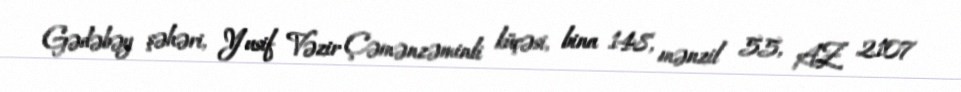
Gədəbəy şəhəri, Yusif Vəzir Çəmənzəminli küçəsi, bina 148, mənzil 55, AZ 2107